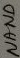
Text: NAND